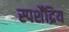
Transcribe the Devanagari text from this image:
स्पर्शेंद्रिय